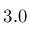
3 . 0